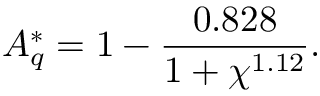
A _ { q } ^ { * } = 1 - \frac { 0 . 8 2 8 } { 1 + \chi ^ { 1 . 1 2 } } .